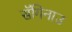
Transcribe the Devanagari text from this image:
सॅगिनाउ